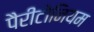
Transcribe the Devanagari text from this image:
पैरीटोनियम